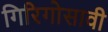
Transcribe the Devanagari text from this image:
गिरिगोसावी